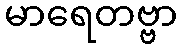
မာရေတဗ္ဗာ